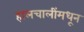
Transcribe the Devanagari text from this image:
हालचालींमधून